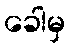
ခေါမှ